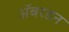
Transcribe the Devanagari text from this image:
ॲबरडन